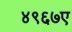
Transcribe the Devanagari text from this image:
४९६७ए